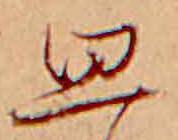
思